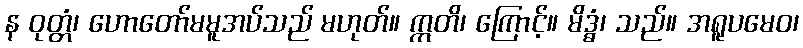
န ဝုတ္တံ၊ ဟောတော်မမူအပ်သည် မဟုတ်။ ဣတိ၊ ကြောင့်။ မိဒ္ဓံ၊ သည်။ အရူပမေဝ၊